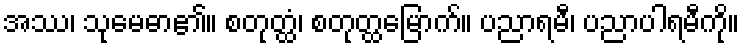
အဿ၊ သုမေဓာ၏။ စတုတ္ထံ၊ စတုတ္ထမြောက်။ ပညာရမီ၊ ပညာပါရမီကို။